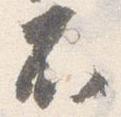
不